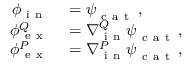
\begin{array} { r l } { \boldsymbol \phi { } _ { \mathrm { ~ i ~ n ~ } } ^ { } } & { { } = \boldsymbol \psi _ { \mathrm { ~ c ~ a ~ t ~ } } \, , } \\ { \boldsymbol \phi { } _ { \mathrm { ~ e ~ x ~ } } ^ { Q } } & { { } = \nabla { } _ { \mathrm { ~ i ~ n ~ } } ^ { Q } \boldsymbol \psi _ { \mathrm { ~ c ~ a ~ t ~ } } \, , } \\ { \boldsymbol \phi { } _ { \mathrm { ~ e ~ x ~ } } ^ { P } } & { { } = \nabla { } _ { \mathrm { ~ i ~ n ~ } } ^ { P } \boldsymbol \psi _ { \mathrm { ~ c ~ a ~ t ~ } } \, , } \end{array}